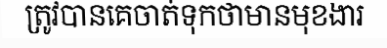
ត្រូវបានគេចាត់ទុកថាមានមុខងារ